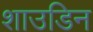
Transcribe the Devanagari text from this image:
शाउडिन